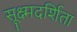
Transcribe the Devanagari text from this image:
सूक्ष्मदर्शिता